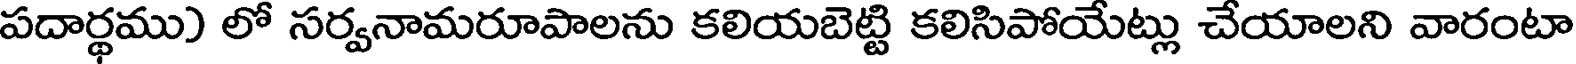
పదార్థము) లో సర్వనామరూపాలను కలియబెట్టి కలిసిపోయేట్లు చేయాలని వారంటా